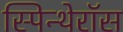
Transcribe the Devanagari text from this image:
स्पिन्थेरॉस